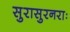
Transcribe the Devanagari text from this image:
सुरासुरनराः